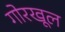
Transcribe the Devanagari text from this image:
गोरखूल